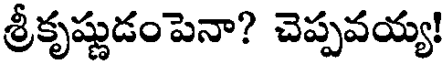
శ్రీకృష్ణుడంపెనా? చెప్పవయ్య!